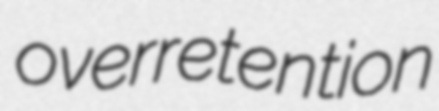
overretention